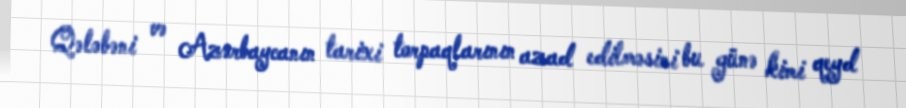
Qələbəni və Azərbaycanın tarixi torpaqlarının azad edilməsini bu günə kimi qeyd